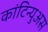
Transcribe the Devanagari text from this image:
कांटिन्युअस